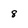
Character: 8